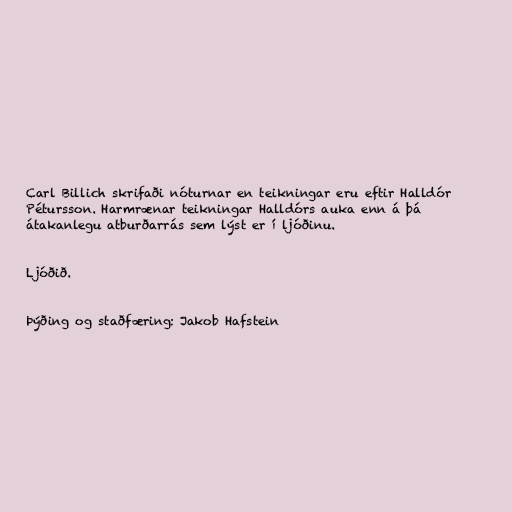
Carl Billich skrifaði nóturnar en teikningar eru eftir Halldór
Pétursson. Harmrænar teikningar Halldórs auka enn á þá
átakanlegu atburðarrás sem lýst er í ljóðinu.

Ljóðið.

Þýðing og staðfæring: Jakob Hafstein